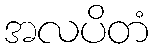
အလပိတံ